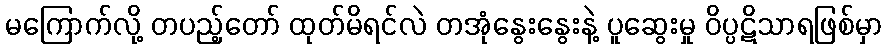
မကြောက်လို့ တပည့်တော် ထုတ်မိရင်လဲ တအုံနွေးနွေးနဲ့ ပူဆွေးမှု ဝိပ္ပဋိသာရဖြစ်မှာ